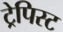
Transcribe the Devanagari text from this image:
ट्रेपिस्ट